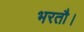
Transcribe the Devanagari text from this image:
भरतौ।